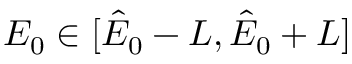
E _ { 0 } \in [ \hat { E } _ { 0 } - L , \hat { E } _ { 0 } + L ]